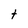
Character: t